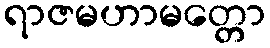
ရာဇမဟာမတ္တော